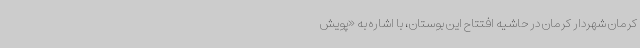
کرمان شهردار کرمان در حاشیه افتتاح این بوستان، با اشاره به «پویش